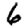
Digit: 6